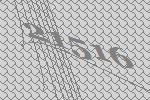
21516